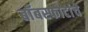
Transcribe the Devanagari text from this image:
बाँबस्फोटांचे